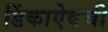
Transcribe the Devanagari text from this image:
डिंकाऐवची